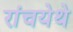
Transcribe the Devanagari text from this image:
रांचयेथे